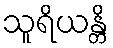
သူရိယန္တိ